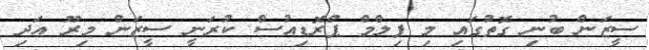
ސީޒަން ބުނި ގޮތުގައި މި ފިލްމް ޕްރޮޑިއުސް ކުރަނީ ސީޒަން މިރޫ އަދި